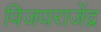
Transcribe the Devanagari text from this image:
विजयराजेंद्र